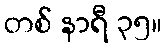
တစ် နာရီ ၃၅။